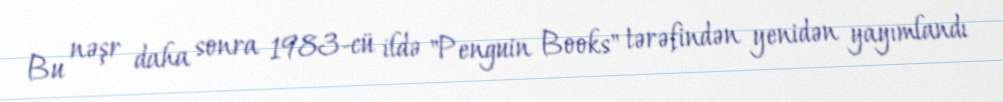
Bu nəşr daha sonra 1983-cü ildə "Penguin Books" tərəfindən yenidən yayımlandı